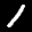
Label: 1